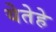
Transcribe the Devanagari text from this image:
येतेहे